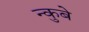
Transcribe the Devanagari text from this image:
न्कुबे